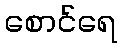
စောင်ရေ